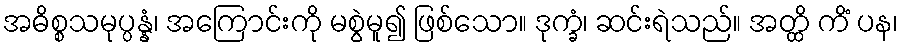
အဓိစ္စသမုပ္ပန္နံ၊ အကြောင်းကို မစွဲမူ၍ ဖြစ်သော။ ဒုက္ခံ၊ ဆင်းရဲသည်။ အတ္ထိ ကိံ ပန၊